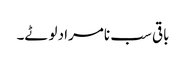
باقی سب نامراد لوٹے۔